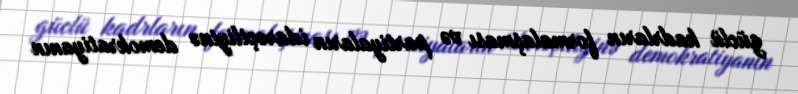
güclü kadrların formalaşması və partiyaların idarəçiliyinə demokratiyanın